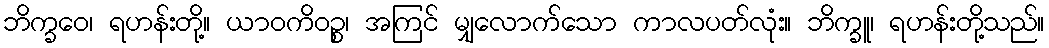
ဘိက္ခဝေ၊ ရဟန်းတို့။ ယာဝကိဝဉ္စ၊ အကြင် မျှလောက်သော ကာလပတ်လုံး။ ဘိက္ခူ၊ ရဟန်းတို့သည်။